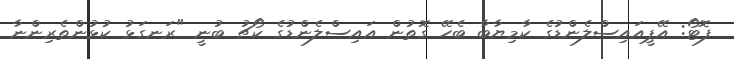
ފޮޓޯ: އޭޕީއައިސްލެންޑުގެ ކާމިޔާބާ ބެހޭ ގޮތުން އައިސްލެންޑުގެ ކޯޗު ބުނީ "ރަނގަޅު ކުޅުންތެރިންނާ